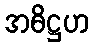
အဓိဋ္ဌဟ